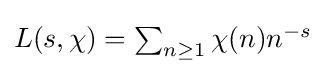
{\textstyle L(s,\chi )=\sum _{n\geq 1}\chi (n)n^{-s}}